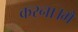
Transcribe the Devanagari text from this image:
करना।मैं